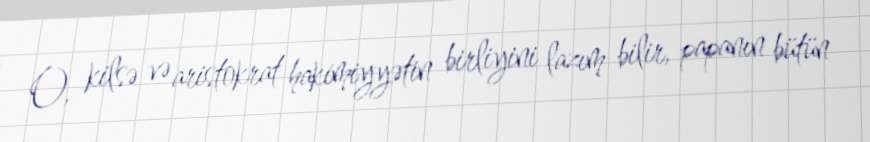
O, kilsə və aristokrat hakimiyyətin birliyini lazım bilir, papanın bütün